Memorandum on the prevention of leprosy by segregation of the affected
Disease focus: Leprosy
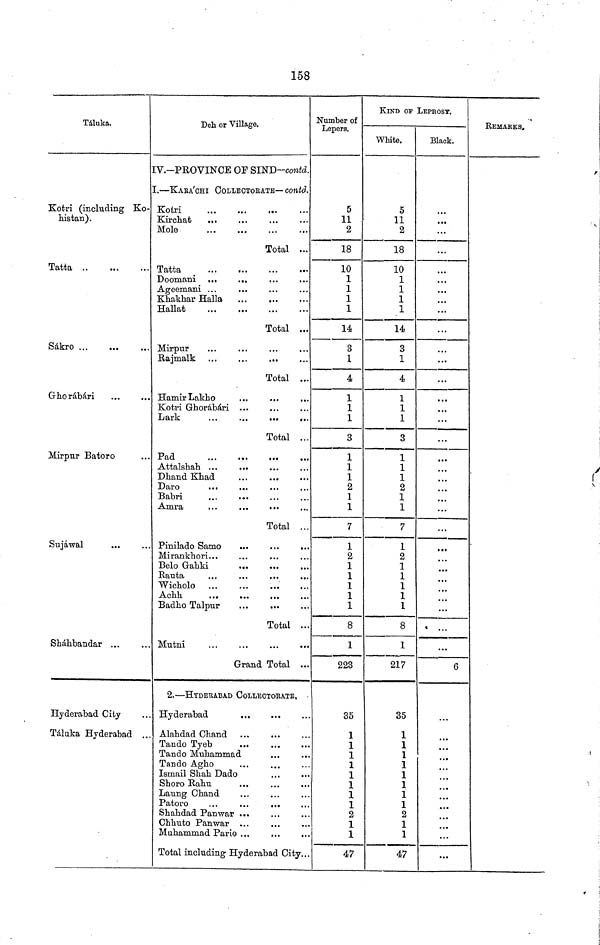
158
Táluka.
Kotri (including Ko-
histan).
Tatta
Sákro
Ghorábári
Mirpur Batoro
Sujáwal
Sháhbandar ...
Hyderabad City
Táluka Hyderabad ..
Deh or Village.
V.-PROVINCE OF SINB-contd.
'..—KAEA'CHI COLLECTOKATE— contd.
Kotri
Mole
Total ...
Tatta
Ageemani ...
Khakhar Halla
...
Hallat
Total ...
Mirpur
K-ajmalk
Total ...
HamirLakho
Kotri Ghorábári ...
Lark
...
...
...
..
Total ...
Pad
Attalshah ...
Dhand Khad
Babri
Anara
Total ...
Pinilado Samo
...
...
...
Belo Gahki
Wicholo ...
Achh
Badho Talpur
Total ..
Mutni
Grand Total ..
2.—HYDERABAD COLLEOTOKATB,
Hyderabad
Alahdad Chand
Tando Tyeb
Tando Muhammad
Tando Agho
Ismail Shah Dado
Shoro Rahu
Laung Chand
Patoro
Shahdad Panwar ...
Chhuto Panwar ...
Muhammad Pario ...
Total including Hyderabad City..
Number of
Lepers.
5
11
2
18
10
1
1
1
1
14
3
1
4
1
1
1
3
1
1
1 2
1
1
7
1
2
1
1
1
1
1
8
1
223
35
1
1
1
1
1
1
1
1
2
1
1
47
KIND OF LEPROSY.
White.
5
11
2
18
10
1
1
1
1
14
3
1
4
1
1
1
3
1
1
1
2
1
1
7
1
2
1
1
1
1
1
8
1
217
35
1
1
1
1
1
1
1
1
2
1
1
47
Black.
...
...
...
...
...
...
...
...
...
...
...
...
...
...
...
...
...
«
...
6
...
...
...
REMAKKS,